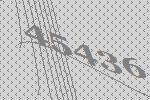
45436